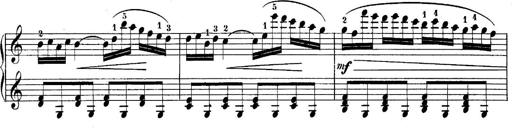
Title: 10 Sonatines progressives
Composer: Anton Schmoll